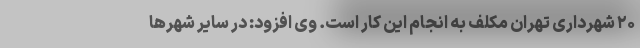
۲۰ شهرداری تهران مکلف به انجام این کار است. وی افزود: در سایر شهر‌ها